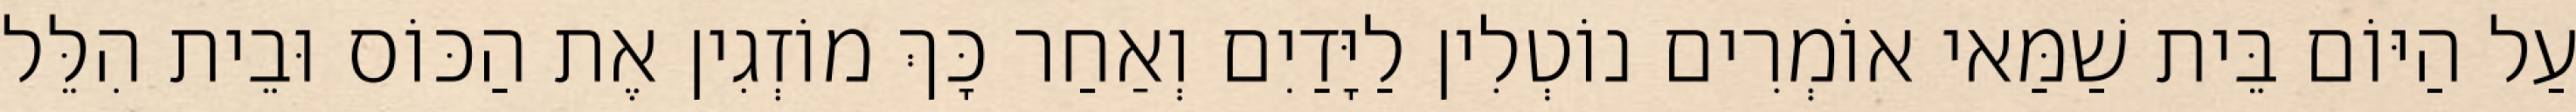
עַל הַיּוֹם בֵּית שַׁמַּאי אוֹמְרִים נוֹטְלִין לַיָּדַיִם וְאַחַר כָּךְ מוֹזְגִין אֶת הַכּוֹס וּבֵית הִלֵּל